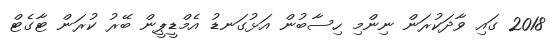
2018 ގައި ވާދަކުރަން ނިންމި ހިސާބުން އަޅުގަނޑު އެމްޑީޕީން ބޭރު ކުރަން ޓާގެޓް